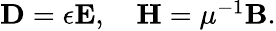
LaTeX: \begin{array}{r}{\mathbf{D}=\epsilon\mathbf{E},\quad\mathbf{H}=\mu^{-1}\mathbf{B}.}\end{array}